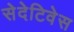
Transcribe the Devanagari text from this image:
सेदेटिवेस